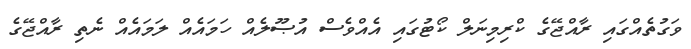
ވަގުތެއްގައި ރާއްޖޭގެ ކްރިމިނަލް ކޯޓުގައި އެއްވެސް އުޞޫލެއް ހަމައެއް ލަމައެއް ނެތި ރާއްޖޭގެ